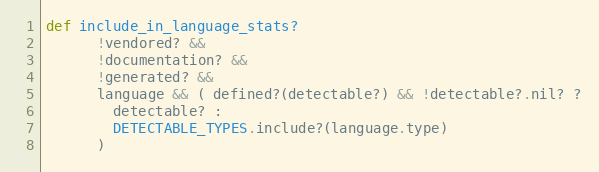
Language: Ruby
def include_in_language_stats?
      !vendored? &&
      !documentation? &&
      !generated? &&
      language && ( defined?(detectable?) && !detectable?.nil? ?
        detectable? :
        DETECTABLE_TYPES.include?(language.type)
      )